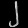
Digit: ၂